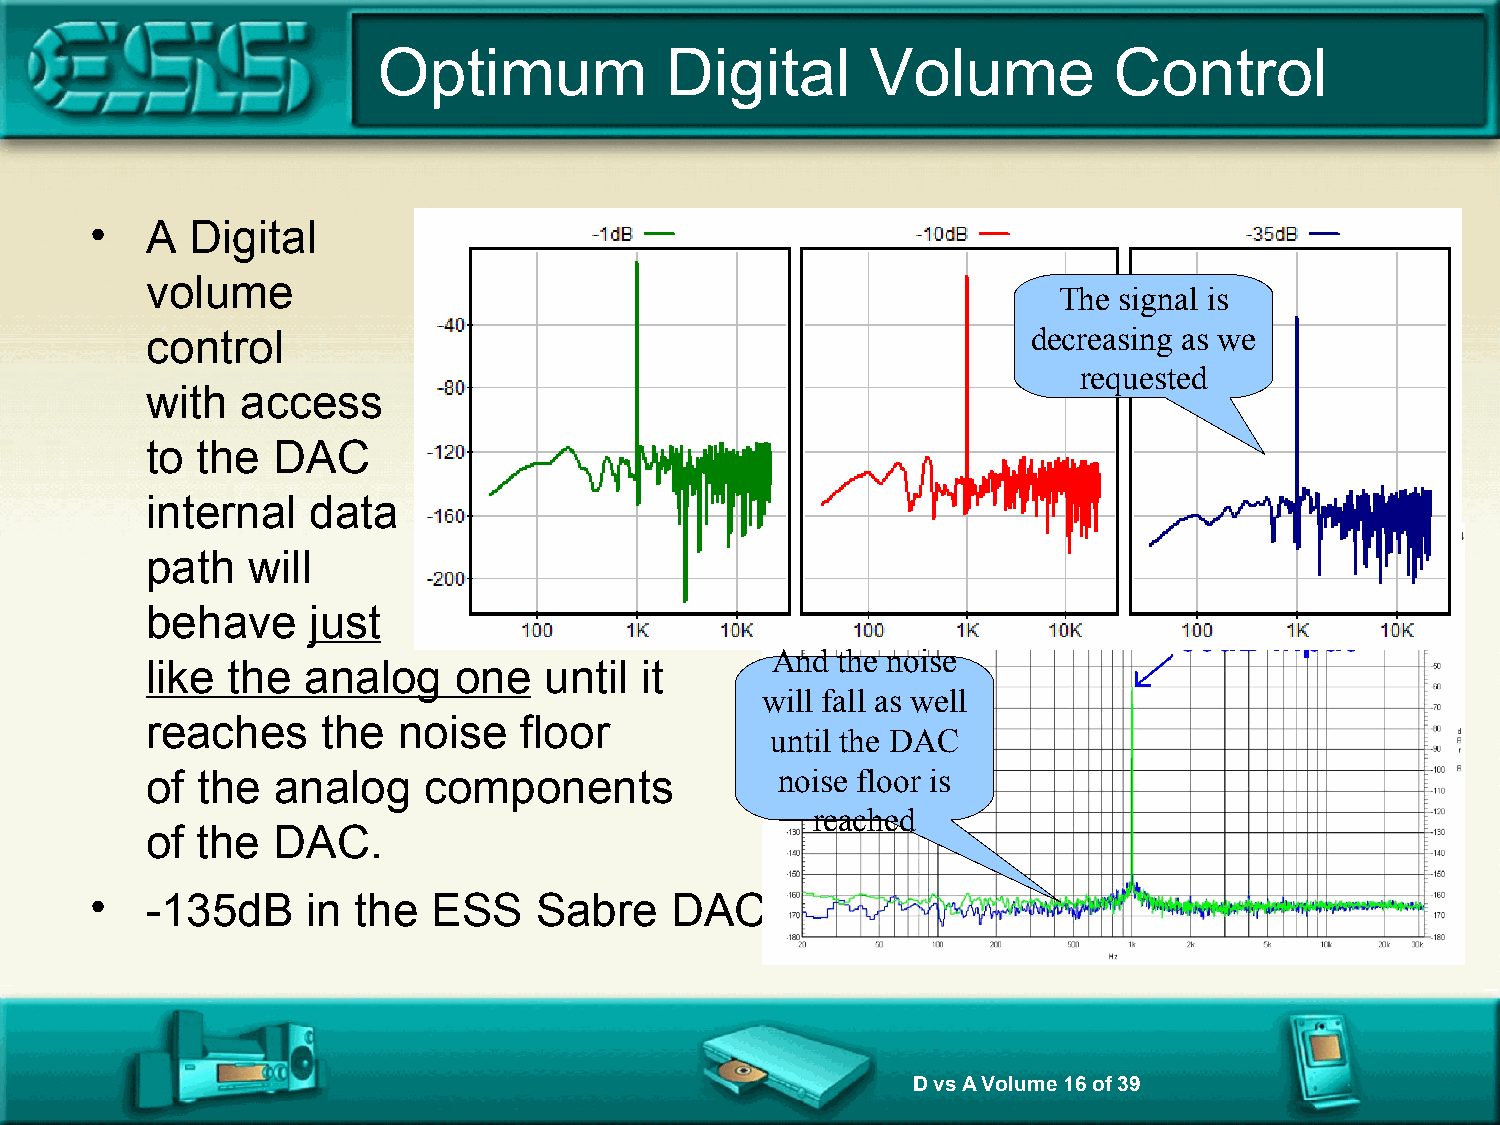
Optimum            Digital       Volume          Control
 •   A  Digital
 volume
 The signal is
 control                                                   decreasing as we
 requested
 with  access
 to the  DAC
 internal  data
 path  will
 behave    just
 And the noise
 like the  analog    one   until it
 will fall as well
 reaches    the  noise   floor
 until the DAC
 of the  analog    components             noise floor is
 reached
 of the  DAC.
 •   -135dB    in  the  ESS   Sabre    DAC
 D vs A Volume 16 of 39